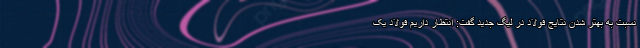
نسبت به بهتر شدن نتایج فولاد در لیگ جدید گفت: انتظار داریم فولاد یک